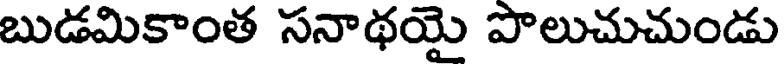
బుడమికాంత సనాథయై పొలుచుచుండు